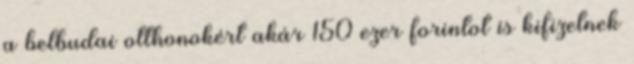
a belbudai otthonokért akár 150 ezer forintot is kifizetnek